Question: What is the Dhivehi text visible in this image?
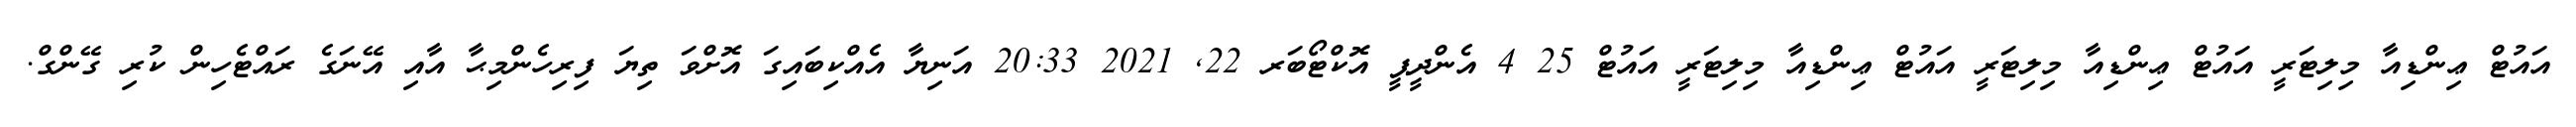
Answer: އައުޓް ޢިންޑިއާ މިލިޓަރީ އައުޓް ޢިންޑިއާ މިލިޓަރީ އައުޓް ޢިންޑިއާ މިލިޓަރީ އައުޓް 25 4 އެންދީޕީ އޮކްޓޯބަރ 22, 2021 20:33 އަނިޔާ އެއްކިބައިގަ އޮށްވަ ތިޔަ ފިރިހެންމިޙާ އާއި އޭނަގެ ރައްޓެހިން ކުރި ގޭންގް.